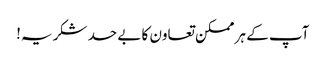
آپ کے ہر ممکن تعاون کا بے حد شکریہ!